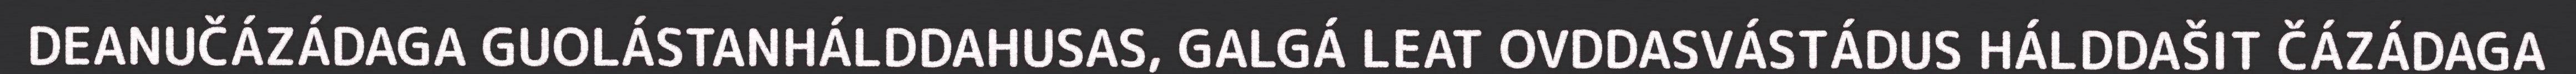
DEANUČÁZÁDAGA GUOLÁSTANHÁLDDAHUSAS, GALGÁ LEAT OVDDASVÁSTÁDUS HÁLDDAŠIT ČÁZÁDAGA